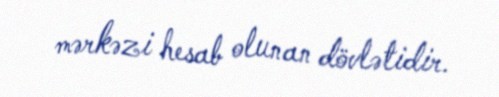
mərkəzi hesab olunan dövlətidir.